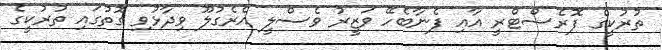
ތުރުކީގެ ފޮރެސްޓްރީ އާއި ފެނާބެހޭ ވަޒީރު ވެސްލީ އެރެގުލޫ ވިދާޅުވި ގޮތުގައި ތުރުކީގެ